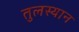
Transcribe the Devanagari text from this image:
तुलस्यान